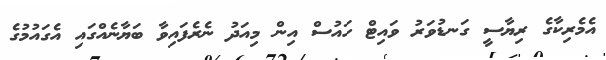
އެމެރިކާގެ ރިޔާސީ ގަނޑުވަރު ވައިޓް ހައުސް އިން މިއަދު ނެރެފައިވާ ބަޔާނެއްގައި އެގައުމުގެ